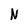
Character: N